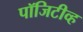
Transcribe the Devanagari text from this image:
पॉजिटीव्ह